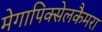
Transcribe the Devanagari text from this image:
मेगापिक्सेलकैमरा